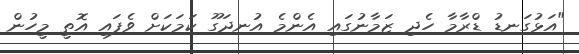
"އަޅުގަނޑު ޑްރާމާ ހެދި ޒަމާނުގައި އެންމެ އުނދަގޫ ކަމަކަށް ވެފައި އޮތީ މީހުން